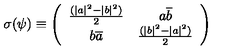
\sigma ( \psi ) \equiv \left( \begin{array} { c c } { \frac { ( | a | ^ { 2 } - | b | ^ { 2 } ) } { 2 } } & { a \overline { { b } } } \\ { b \overline { { a } } } & { \frac { ( | b | ^ { 2 } - | a | ^ { 2 } ) } { 2 } } \\ \end{array} \right)